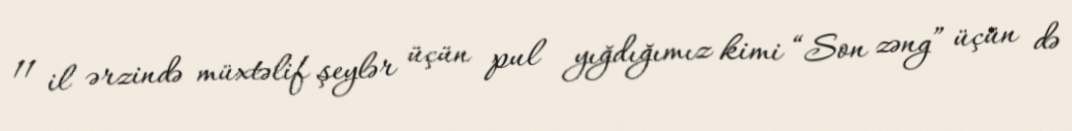
11 il ərzində müxtəlif şeylər üçün pul yığdığımız kimi “Son zəng” üçün də